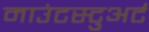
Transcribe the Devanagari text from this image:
माउंटस्टुअर्ट